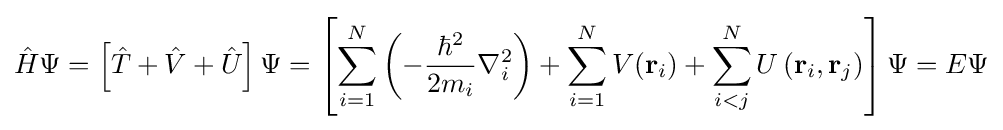
{\hat {H}}\Psi =\left[{\hat {T}}+{\hat {V}}+{\hat {U}}\right]\Psi =\left[\sum _{i=1}^{N}\left(-{\frac {\hbar ^{2}}{2m_{i}}}\nabla _{i}^{2}\right)+\sum _{i=1}^{N}V(\mathbf {r} _{i})+\sum _{i<j}^{N}U\left(\mathbf {r} _{i},\mathbf {r} _{j}\right)\right]\Psi =E\Psi